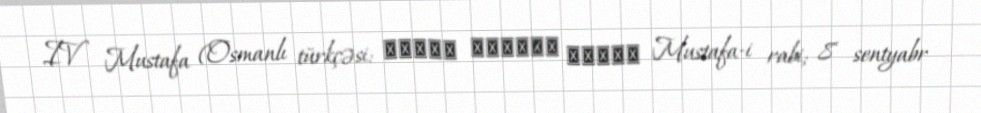
IV Mustafa (Osmanlı türkçəsi: سلطان الرابع مصطفى Mustafa-i rabi; 8 sentyabr